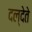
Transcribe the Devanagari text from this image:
दल्देते